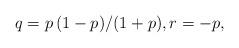
LaTeX: \begin{align*} q = p \, (1-p)/(1+p), r = -p, \end{align*}